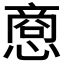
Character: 𪬥